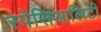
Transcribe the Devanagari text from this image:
स्पेसिआलिटी